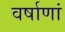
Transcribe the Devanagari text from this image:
वर्षाणां